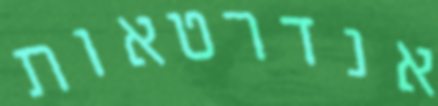
אנדרטאות